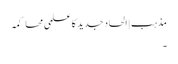
مذہب | الحاد جدید کا علمی محاکمہ
۔